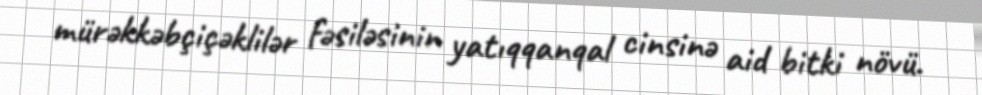
mürəkkəbçiçəklilər fəsiləsinin yatıqqanqal cinsinə aid bitki növü.